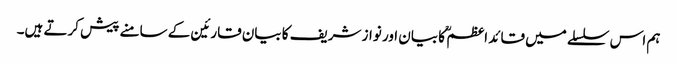
ہم اس سلسلے میں قائد اعظم ؒ کا بیان اور نواز شریف کا بیان قارئین کے سامنے پیش کرتے ہیں۔